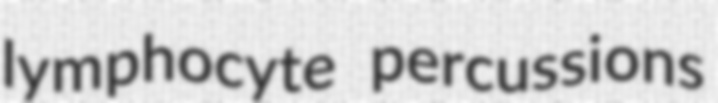
lymphocyte percussions